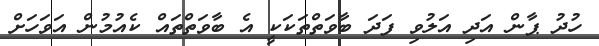
ހުދު ޕާން އަދި އަލުވި ފަދަ ބާވަތްތަކަކީ އެ ބާވަތްތައް ކެއުމުން އަވަހަށް